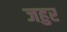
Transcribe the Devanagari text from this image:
जहुर